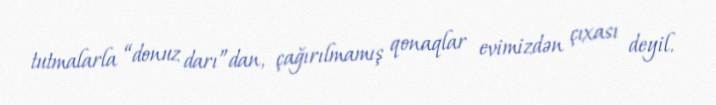
tutmalarla “donuz darı”dan, çağırılmamış qonaqlar evimizdən çıxası deyil.